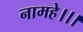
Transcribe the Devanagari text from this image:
नामहे।।।